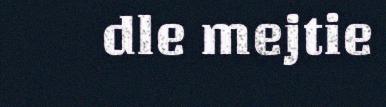
dle mejtie